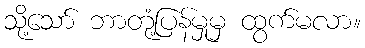
သို့သော် ဘာတုံ့ပြန်မှုမှ ထွက်မလာ။